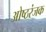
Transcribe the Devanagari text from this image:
ओष्ठरंजक